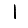
Digit: 1